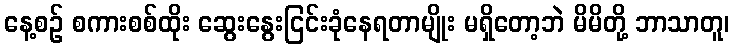
နေ့စဉ် စကားစစ်ထိုး ဆွေးနွေးငြင်းခုံနေရတာမျိုး မရှိတော့ဘဲ မိမိတို့ ဘာသာတူ၊